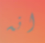
انه